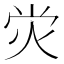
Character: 𤇑